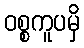
ဝစ္စကူပမှိ